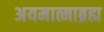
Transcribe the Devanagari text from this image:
अयमात्माब्रह्म